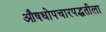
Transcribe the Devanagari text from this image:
औषधोपचारपद्धतीला